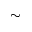
\sim